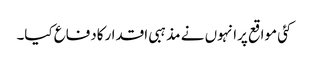
کئی مواقع پرانہوں نے مذہبی اقدارکادفاع کیا۔